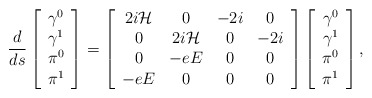
\begin{align*}\frac d{ds}\left[ \begin{array}{c}\gamma ^0 \\ \gamma ^1 \\ \pi ^0 \\ \pi ^1\end{array}\right] =\left[ \begin{array}{cccc}2i{\cal H} & 0 & -2i & 0 \\ 0 & 2i{\cal H} & 0 & -2i \\ 0 & -eE & 0 & 0 \\ -eE & 0 & 0 & 0\end{array}\right] \left[ \begin{array}{c}\gamma ^0 \\ \gamma ^1 \\ \pi ^0 \\ \pi ^1\end{array}\right] , \end{align*}